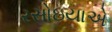
રસોઇયાએ